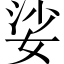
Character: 娑